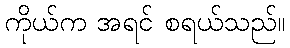
ကိုယ်က အရင် စရယ်သည်။